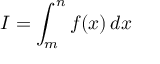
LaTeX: I = \int _ { m } ^ { n } f ( x ) \, d x